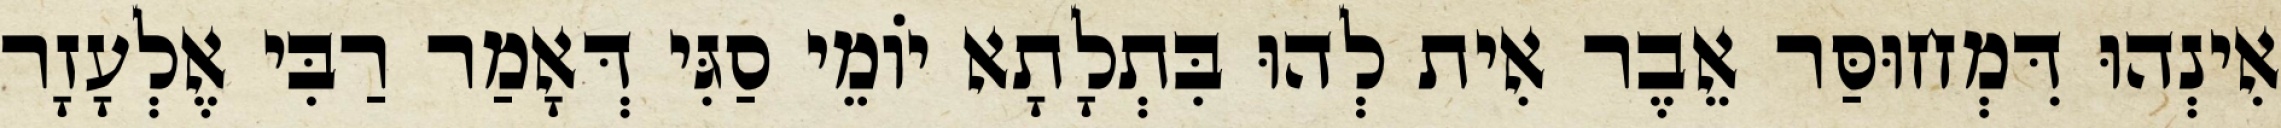
אִינְהוּ דִּמְחוּסַּר אֵבֶר אִית לְהוּ בִּתְלָתָא יוֹמֵי סַגִּי דְּאָמַר רַבִּי אֶלְעָזָר